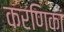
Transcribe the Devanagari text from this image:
करणिकां